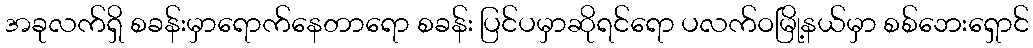
အခုလက်ရှိ စခန်းမှာရောက်နေတာရော စခန်း ပြင်ပမှာဆိုရင်ရော ပလက်ဝမြို့နယ်မှာ စစ်ဘေးရှောင်